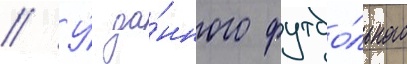
// У́ да́нного футбо́льного